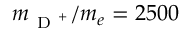
m _ { \mathrm { ~ D ~ } ^ { + } } / m _ { e } = 2 5 0 0